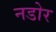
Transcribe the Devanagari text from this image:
नडोर